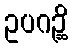
ဥပဂဉ္ဆိ